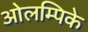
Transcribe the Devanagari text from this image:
ओलम्पिके